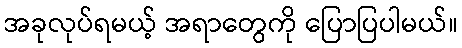
အခုလုပ်ရမယ့် အရာတွေကို ပြောပြပါမယ်။